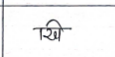
मजकूर: खि